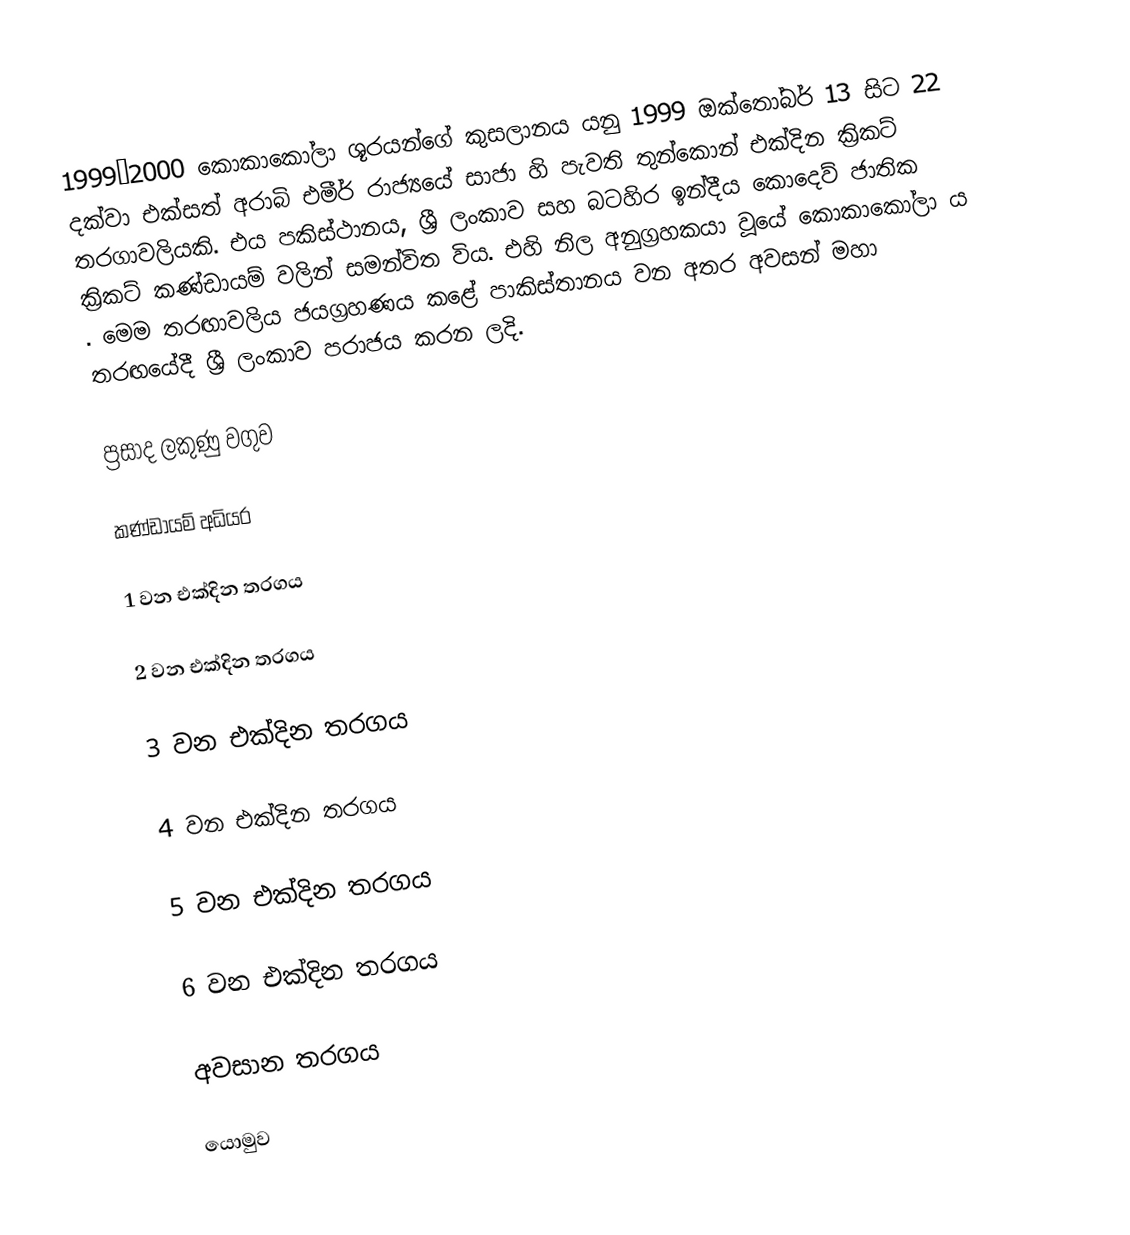
1999–2000 කොකාකෝලා ශූරයන්ගේ කුසලානය යනු 1999 ඔක්තෝබර් 13 සිට 22 දක්වා එක්සත් අරාබි එමීර් රාජ්‍යයේ සාජා හි පැවති තුන්කොන් එක්දින ක්‍රිකට් තරගාවලියකි.  එය පකිස්ථානය, ශ්‍රී ලංකාව සහ බටහිර ඉන්දීය කොදෙව් ජාතික ක්‍රිකට් කණ්ඩායම් වලින් සමන්විත විය. එහි නිල අනුග්‍රහකයා වූයේ කොකාකෝලා ය . මෙම තරඟාවලිය ජයග්‍රහණය කළේ පාකිස්තානය වන අතර අවසන් මහා තරඟයේදී ශ්‍රී ලංකාව පරාජය කරන ලදි.

ප්‍රසාද ලකුණු වගුව

කණ්ඩායම් අධියර

1 වන එක්දින තරගය

2 වන එක්දින තරගය

3 වන එක්දින තරගය

4 වන එක්දින තරගය

5 වන එක්දින තරගය

6 වන එක්දින තරගය

අවසාන තරගය

යොමුව